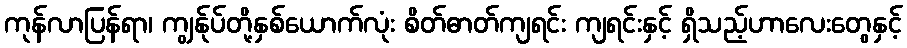
ကုန်လာပြန်ရာ၊ ကျွန်ုပ်တို့နှစ်ယောက်လုံး စိတ်ဓာတ်ကျရင်း ကျရင်းနှင့် ရှိသည့်ဟာလေးတွေနှင့်